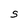
Character: S